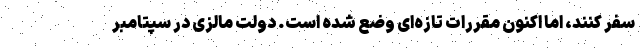
سفر کنند، اما اکنون مقررات تازه‌ای وضع شده است. دولت مالزی در سپتامبر